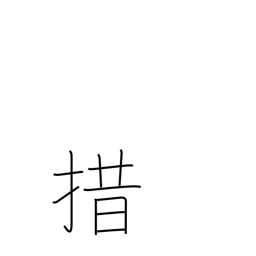
Meaning: give up